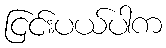
ငြင်းပယ်ပါက